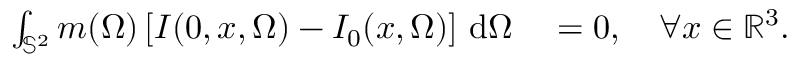
\begin{array} { r l } { \int _ { \mathbb S ^ { 2 } } m ( \Omega ) \left[ I ( 0 , x , \Omega ) - I _ { 0 } ( x , \Omega ) \right] \, \mathrm { d } \Omega } & { { } = 0 , \quad \forall x \in \mathbb { R } ^ { 3 } . } \end{array}